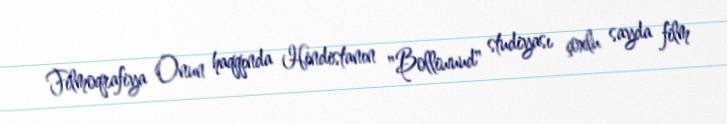
Filmoqrafiya Onun haqqında Hindistanın "Bolliwuud" studiyası çoxlu sayda film